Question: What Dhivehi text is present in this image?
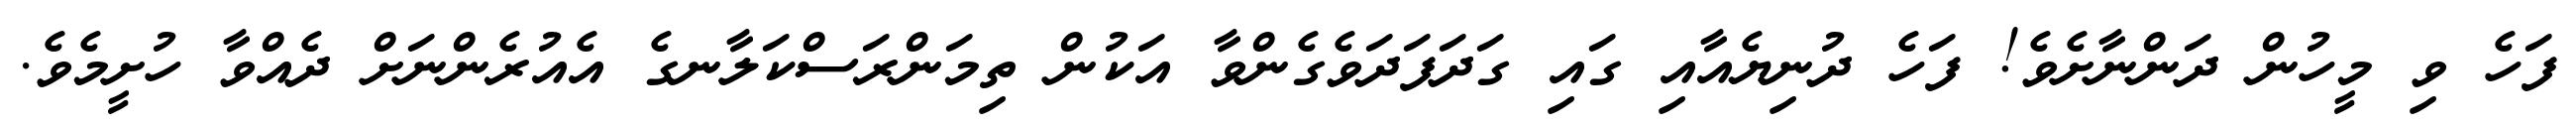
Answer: ފަހެ ވި މީހުން ދަންނާށެވެ! ފަހެ ދުނިޔެއާއި ގައި ގަދަފަދަވެގެންވާ އަކުން ތިމަންރަސްކަލާނގެ އެއުރެންނަށް ދެއްވާ ހުށީމެވެ.